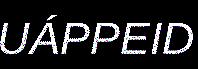
UÁPPEID